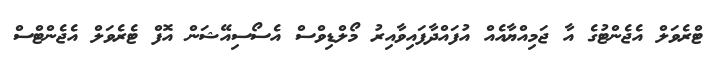
ޓްރެވަލް އެޖެންޓުގެ އާ ޖަމިއްޔާއެއް އުފައްދާފައިވާއިރު މޯލްޑިވްސް އެސޯސިއޭޝަން އޮފް ޓެރެވަލް އެޖެންޓްސް